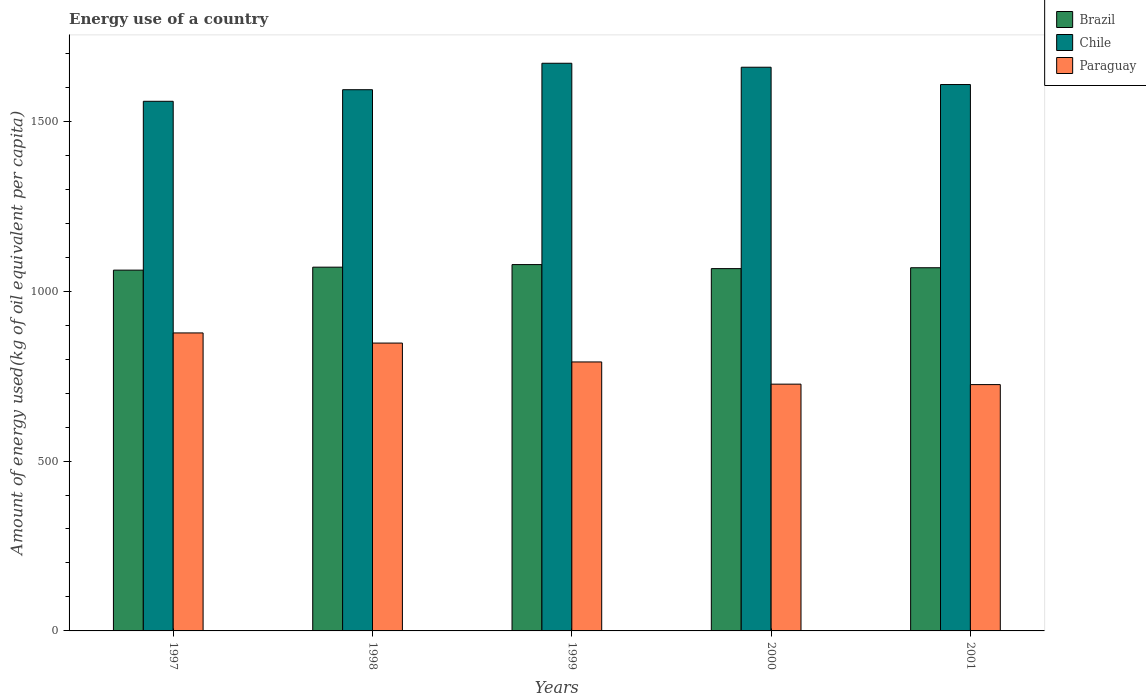
| Years | Brazil | Chile | Paraguay |
 | --- | --- | --- | --- |
 | 1997 | 1.06e+03 | 1.56e+03 | 877 |
 | 1998 | 1.07e+03 | 1.59e+03 | 847 |
 | 1999 | 1.08e+03 | 1.67e+03 | 792 |
 | 2000 | 1.07e+03 | 1.66e+03 | 726 |
 | 2001 | 1.07e+03 | 1.61e+03 | 725 |